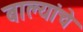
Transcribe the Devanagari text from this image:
बाल्यांचे